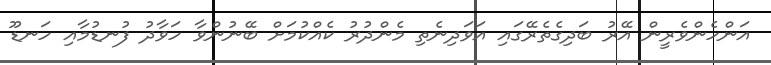
އަންހެންވެރީން އޭރު ބަދިގެތެރޭގައި އަވަދިނެތި މެންދުރު ކެއްކުމަށް ބޭނުންވާ ހަވާދު ފުނޑުމާއި ހަނޑޫ